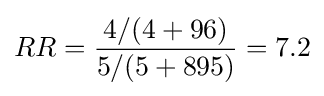
RR={4/(4+96) \over 5/(5+895)}=7.2